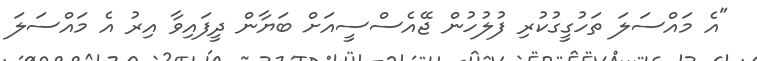
"އެ މައްސަލަ ތަހުގީގުކުރި ފުލުހުން ޖޭއެސްސީއަށް ބަޔާން ދީފައިވާ އިރު އެ މައްސަލަ